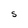
Character: S